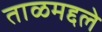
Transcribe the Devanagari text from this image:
ताळमद्दले